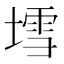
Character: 𡐅